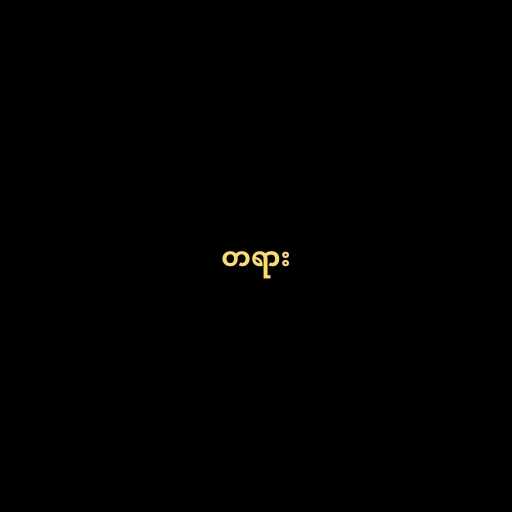
တရား